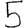
Digit: 5